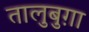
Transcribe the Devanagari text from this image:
तालुबुग़ा